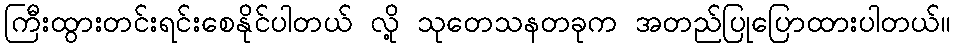
ကြီးထွားတင်းရင်းစေနိုင်ပါတယ် လို့ သုတေသနတခုက အတည်ပြုပြောထားပါတယ်။